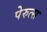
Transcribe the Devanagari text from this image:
पेरुत्स